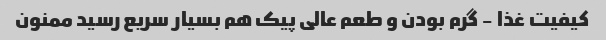
کیفیت غذا - گرم بودن و طعم عالی پیک هم بسیار سریع رسید ممنون